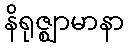
နိရုဇ္ဈာမာနာ